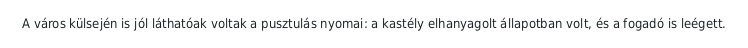
A város külsején is jól láthatóak voltak a pusztulás nyomai: a kastély elhanyagolt állapotban volt, és a fogadó is leégett.